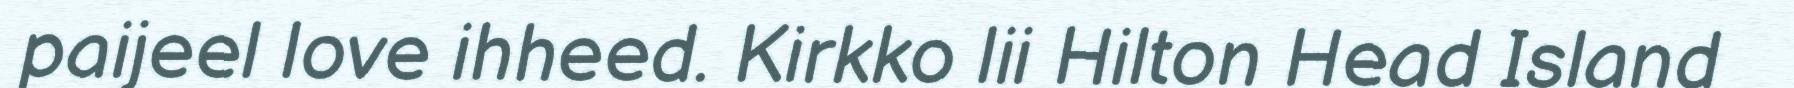
paijeel love ihheed. Kirkko lii Hilton Head Island